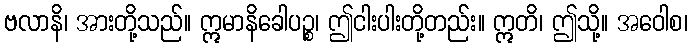
ဗလာနိ၊ အားတို့သည်။ ဣမာနိခေါပဉ္စ၊ ဤငါးပါးတို့တည်း။ ဣတိ၊ ဤသို့။ အဝေါစ၊